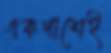
একপাশেই